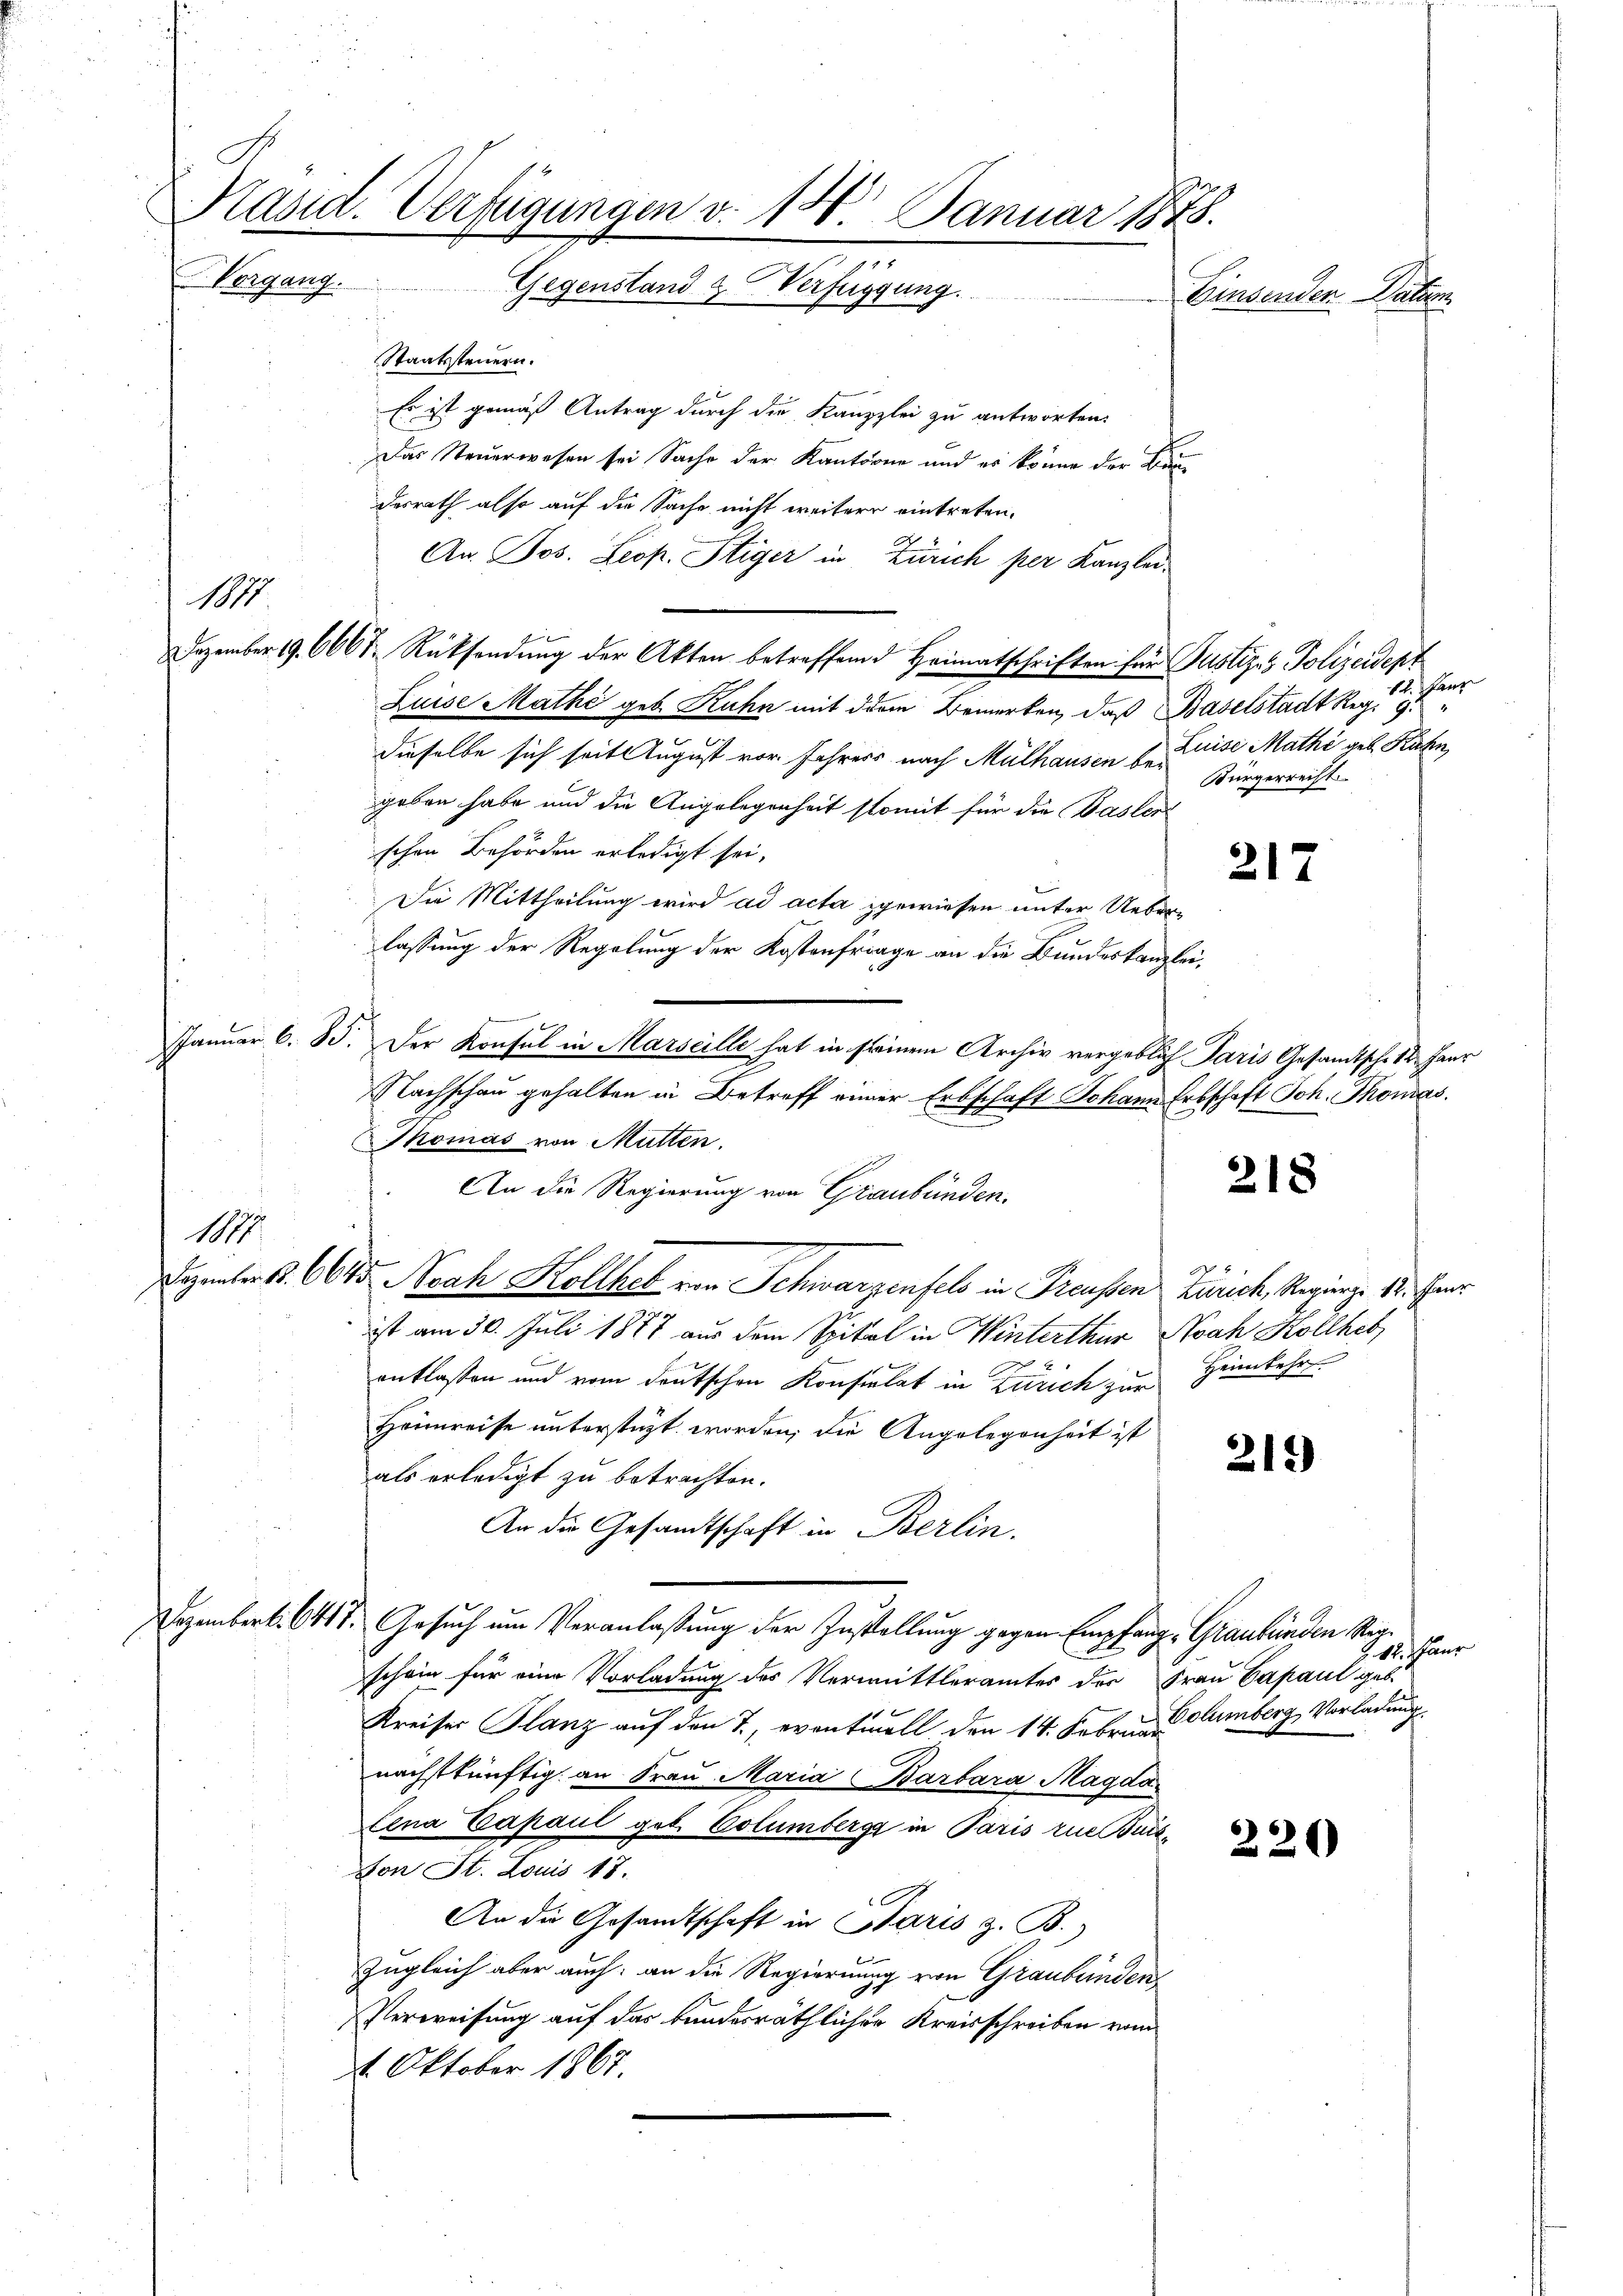
Päsid. Verfügungen v. 18. Januar 1875.
Vorgang.
Gegenstand & Verfügung
n

Staatssteuern.
Es ist gemäß Antrag durch die Kauzzlei zu antworten.
Das Steuerwesen sei Sache der Kantorne und es könne der Baudesrath also auf die Sache nicht weitere eintreten.
An. Jos. Leop. Stiger in Zürich per Kanzlei-
Luise Mathe geb. Kuhn mit dem Bemerken, daß d. Baselstadt Regi g
dieselbe sich seit August vor Jahrers nach Mülhausen d. Keise Mathi geb. Rahn,
geben habe und die Angelegenheit somit für die Basler
schen Behörden erledigt sei,
Die Mittheilung wird ad acta gewiesen unter Ueberlassung der Regelung der Kostenfrage an die Bundeskanzlei,
JJanuar 6. 8. Der Konsul in Marseille hat in seinem Archiv vergeblich Paris Gesamtsche 12. Haur
Nachschau gehalten in Betreff einer Erbschaft Johann Erbschaft Joh. Thomas
Momas von Mütten.
An die Regierung von Graubünden.
1877

Dezember B. 6645. Noch Kollheb von Schwarzenfels in Preussen Zürich, Regierz. 18. Fens
ist am 30. Juli 1877 aus dem Spital in Winterthur Nach Kollheb
Heimkehr
antlassen und vom deutschen Konsulat in Zürich zur
Heimreise unterstüzt worden, die Angelegenheit ist
219)
als erledigt zu betrachten.
An die Gesandtschaft in Berlin.
ozembert. 6418. Gesuch um Veranlaßung der Zustellung gegen Empfang Graubünden Regschein für eine Vorladung des Vermittleramtes der Frau Capaul geb.
Kreiser Planz auf den 7., eventuell den 14. Februar umberg, Vorladung
nächstkünftig an Frau Maria Barbara Magda¬
Lina Capaul geb. Columberg in Paris zue Buis¬
220
von St. Louis 18.
An die Gesandtschaft in Paris z. B.
Zugleich aber auch an die Regierung von Graubünden,
Verweisung auf das bundesräthlicher Kreisschreiben vom
1. Oktober 1867.

1

Dezember 19. 660t Rücksendung der Akten betreffend Heimatschriften für Justiz- & Polizeident

e
1
Bürgerrecht.

217

218

. M. Paur